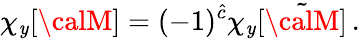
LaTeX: \chi_{\mathit{y}}[{\calM}]=(-1)^{\hat{{c}}}\chi_{\mathit{y}}[\tilde{{\calM}}]\, .